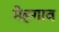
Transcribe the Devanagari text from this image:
मेहगाव